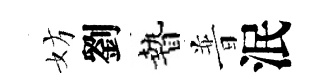
妨劉贄普泯